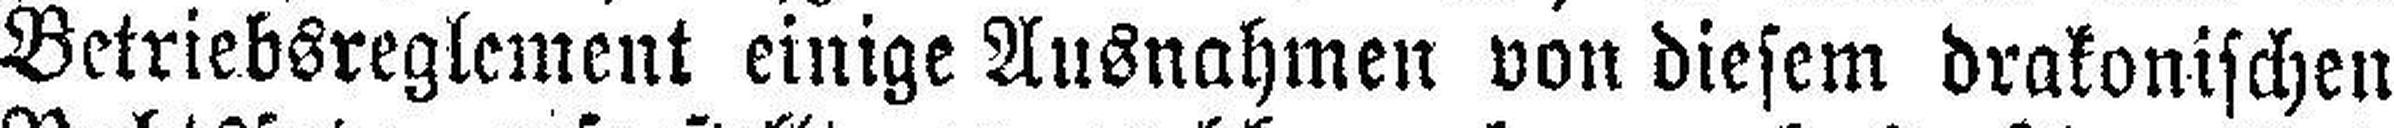
Betriebsreglement einige Ausnahmen von diesem drakonischen